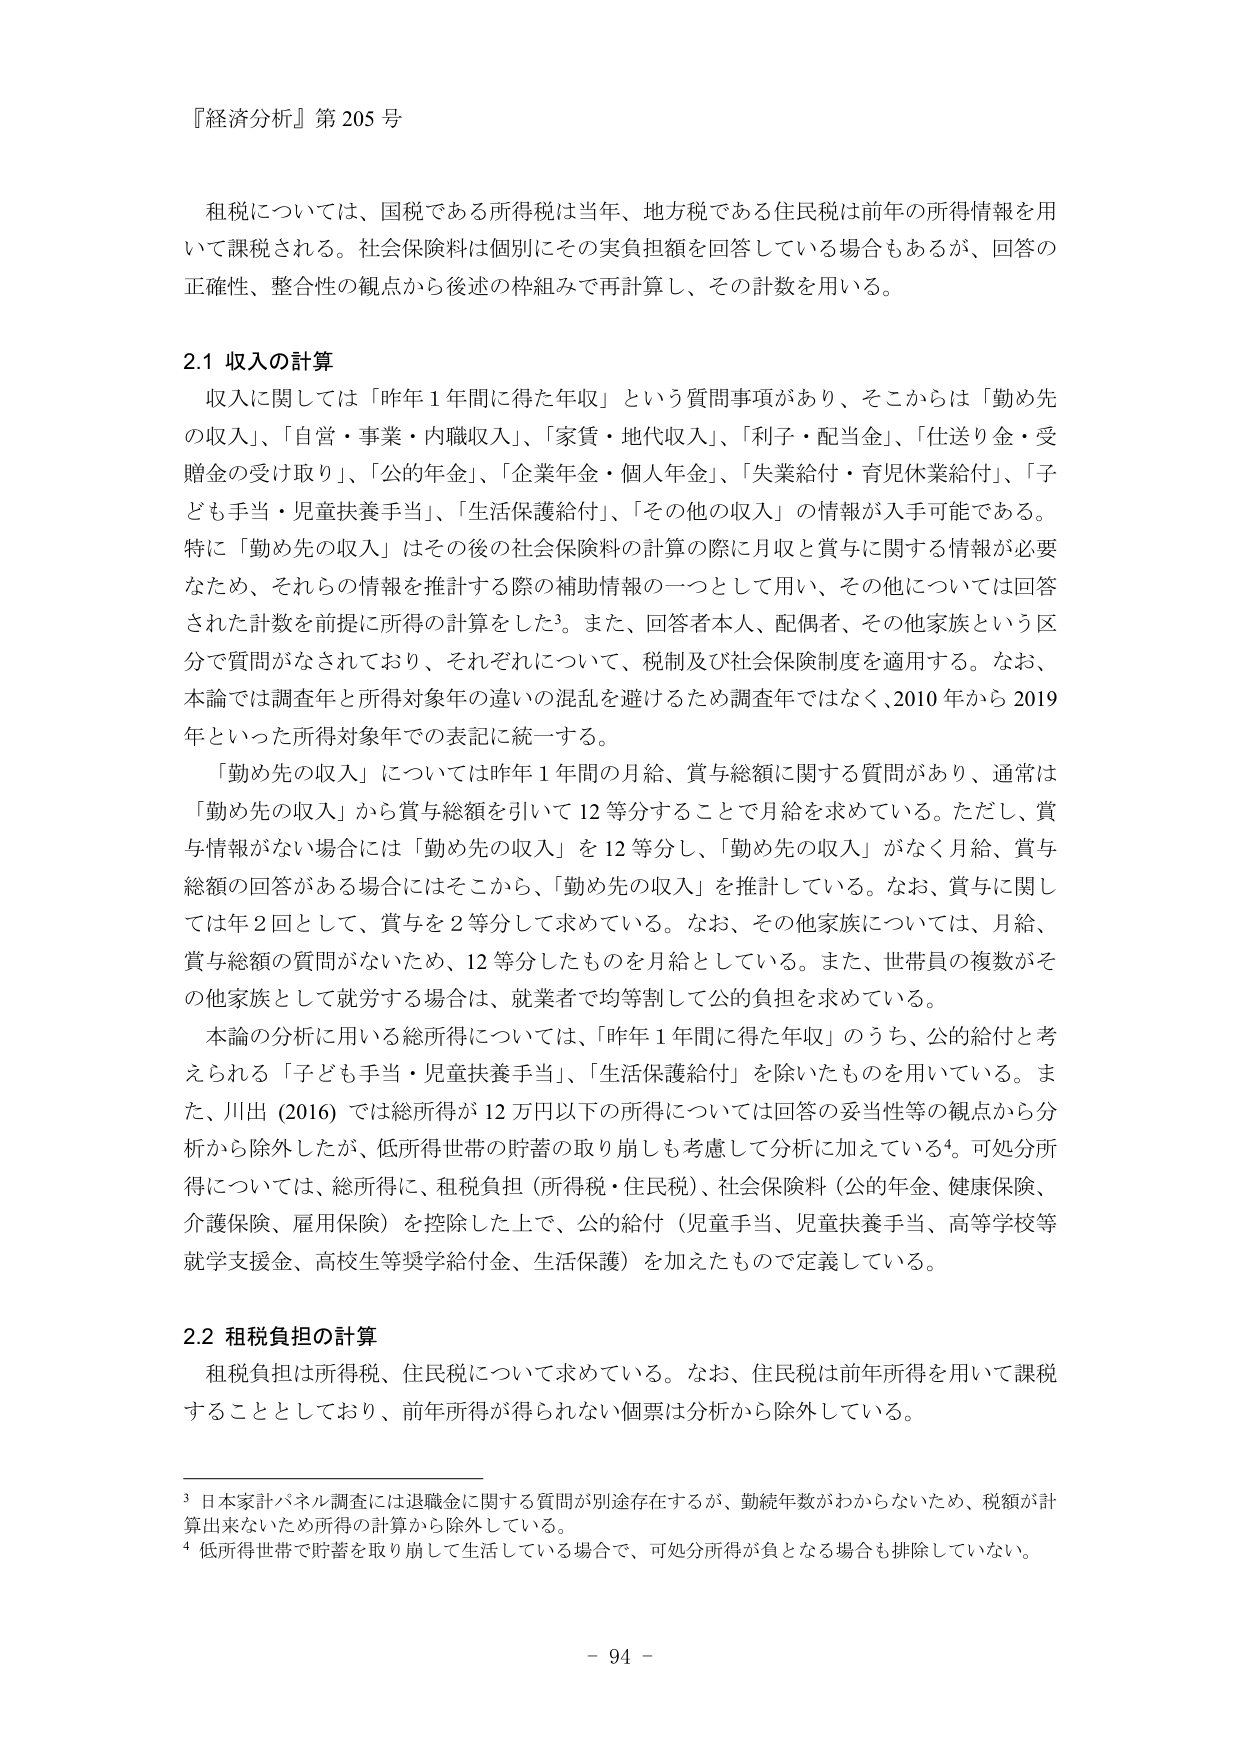
『経済分析』第205号

租税については、国税である所得税は当年、地方税である住民税は前年の所得情報を用いて課税される。社会保険料は個別にその実負担額を回答している場合もあるが、回答の正確性、整合性の観点から後述の枠組みで再計算し、その計数を用いる。

2.1 収入の計算
収入に関しては「昨年1年間に得た年収」という質問事項があり、そこからは「勤め先の収入」、「自営・事業・内職収入」、「家賃・地代収入」、「利子・配当金」、「仕送り金・受贈金の受け取り」、「公的年金」、「企業年金・個人年金」、「失業給付・育児休業給付」、「子ども手当・児童扶養手当」、「生活保護給付」、「その他の収入」の情報が入手可能である。特に「勤め先の収入」はその後の社会保険料の計算の際に月収と賞与に関する情報が必要なため、それらの情報を推計する際の補助情報の一つとして用い、その他については回答された計数を前提に所得の計算をした3。また、回答者本人、配偶者、その他家族という区分で質問がなされており、それぞれについて、税制及び社会保険制度を適用する。なお、本論では調査年と所得対象年の違いの混乱を避けるため調査年ではなく、2010年から2019年といった所得対象年での表記に統一する。
「勤め先の収入」については昨年1年間の月給、賞与総額に関する質問があり、通常は「勤め先の収入」から賞与総額を引いて12等分することで月給を求めている。ただし、賞与情報がない場合には「勤め先の収入」を12等分し、「勤め先の収入」がなく月給、賞与総額の回答がある場合にはそこから、「勤め先の収入」を推計している。なお、賞与に関しては年2回として、賞与を2等分して求めている。なお、その他家族については、月給、賞与総額の質問がないため、12等分したものを月給としている。また、世帯員の複数がその他家族として就労する場合は、就業者で均等割して公的負担を求めている。
本論の分析に用いる総所得については、「昨年1年間に得た年収」のうち、公的給付と考えられる「子ども手当・児童扶養手当」、「生活保護給付」を除いたものを用いている。また、川出（2016）では総所得が12万円以下の所得については回答の妥当性等の観点から分析から除外したが、低所得世帯の貯蓄の取り崩しも考慮して分析に加えている4。可処分所得については、総所得に、租税負担（所得税・住民税）、社会保険料（公的年金、健康保険、介護保険、雇用保険）を控除した上で、公的給付（児童手当、児童扶養手当、高等学校等就学支援金、高校生等奨学給付金、生活保護）を加えたもので定義している。

2.2 租税負担の計算
租税負担は所得税、住民税について求めている。なお、住民税は前年所得を用いて課税することとしており、前年所得が得られない個票は分析から除外している。

3 日本家計パネル調査には退職金に関する質問が別途存在するが、勤続年数がわからないため、税額が計算出来ないため所得の計算から除外している。
4 低所得世帯で貯蓄を取り崩して生活している場合で、可処分所得が負となる場合も排除していない。

- 94 -